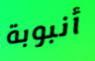
أنبوبة